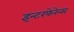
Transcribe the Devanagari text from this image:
इन्टरफेरेन्स